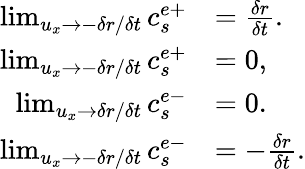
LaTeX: \begin{array}{rl}{\operatorname*{lim}_{u_{x}\rightarrow-\delta r/\delta t}c_{s}^{e+}}&{=\frac{\delta r}{\delta t}.}\\ {\operatorname*{lim}_{u_{x}\rightarrow-\delta r/\delta t}c_{s}^{e+}}&{=0,}\\ {\operatorname*{lim}_{u_{x}\rightarrow\delta r/\delta t}c_{s}^{e-}}&{=0.}\\ {\operatorname*{lim}_{u_{x}\rightarrow-\delta r/\delta t}c_{s}^{e-}}&{=-\frac{\delta r}{\delta t}.}\end{array}